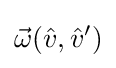
{\vec {\omega }}({\hat {v}},{\hat {v}}')